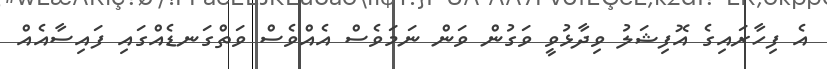
އެ ފިހާރައިގެ އޮފިޝަލު ވިދާޅުވީ ވަގުން ވަން ނަމަވެސް އެއްވެސް ވަތްގަނޑެއްގައި ފައިސާއެއް